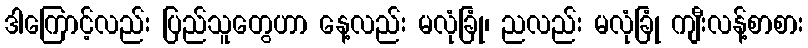
ဒါကြောင့်လည်း ပြည်သူတွေဟာ နေ့လည်း မလုံခြုံ၊ ညလည်း မလုံခြုံ ကျီးလန့်စာစား